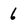
Character: 6